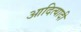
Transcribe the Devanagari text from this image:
आदित्यादी